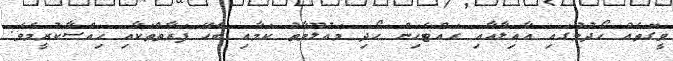
ވީގޮތެއް ހޯދުމުގައި އާއިލާއާއި ރައްޓެހިން ހޯދި މައުލޫމާތު ކަމާއި ބެހޭ ފަރާތްތަކާއި ހިއްސާކުރީމެވެ.